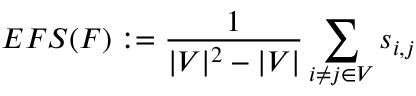
E F S ( F ) : = \frac { 1 } { | V | ^ { 2 } - | V | } \sum _ { i \neq j \in V } s _ { i , j }